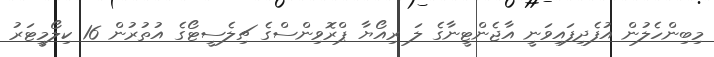
މިބިންހެލުން އުފެދިފައިވަނީ އާޖެންޓީނާގެ ލަ ރިއޯޔާ ޕްރޮވިންސްގެ ޗިލެސީޓޯގެ އުތުރުން 16 ކިލޯމީޓަރު